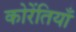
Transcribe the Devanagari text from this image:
कोरेंतियाँ